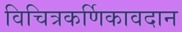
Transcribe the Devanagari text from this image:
विचित्रकर्णिकावदान